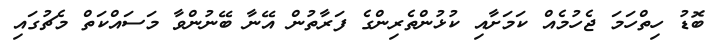
ބޮޑު ހިތްހަމަ ޖެހުމެއް ކަމަށާއި ކުޅުންތެރިންގެ ފަރާތުން އޭނާ ބޭނުންވާ މަސައްކަތް މެޗުގައި